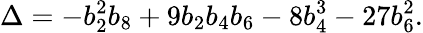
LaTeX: \Delta=-b_{2}^{2}b_{8}+9b_{2}b_{4}b_{6}-8b_{4}^{3}-27b_{6}^{2}.